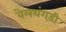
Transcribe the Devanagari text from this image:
बेलथंगड़ी